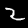
Label: 2